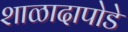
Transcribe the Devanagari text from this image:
शाळादापोडे